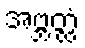
အဗ္ဘတ္ထံ